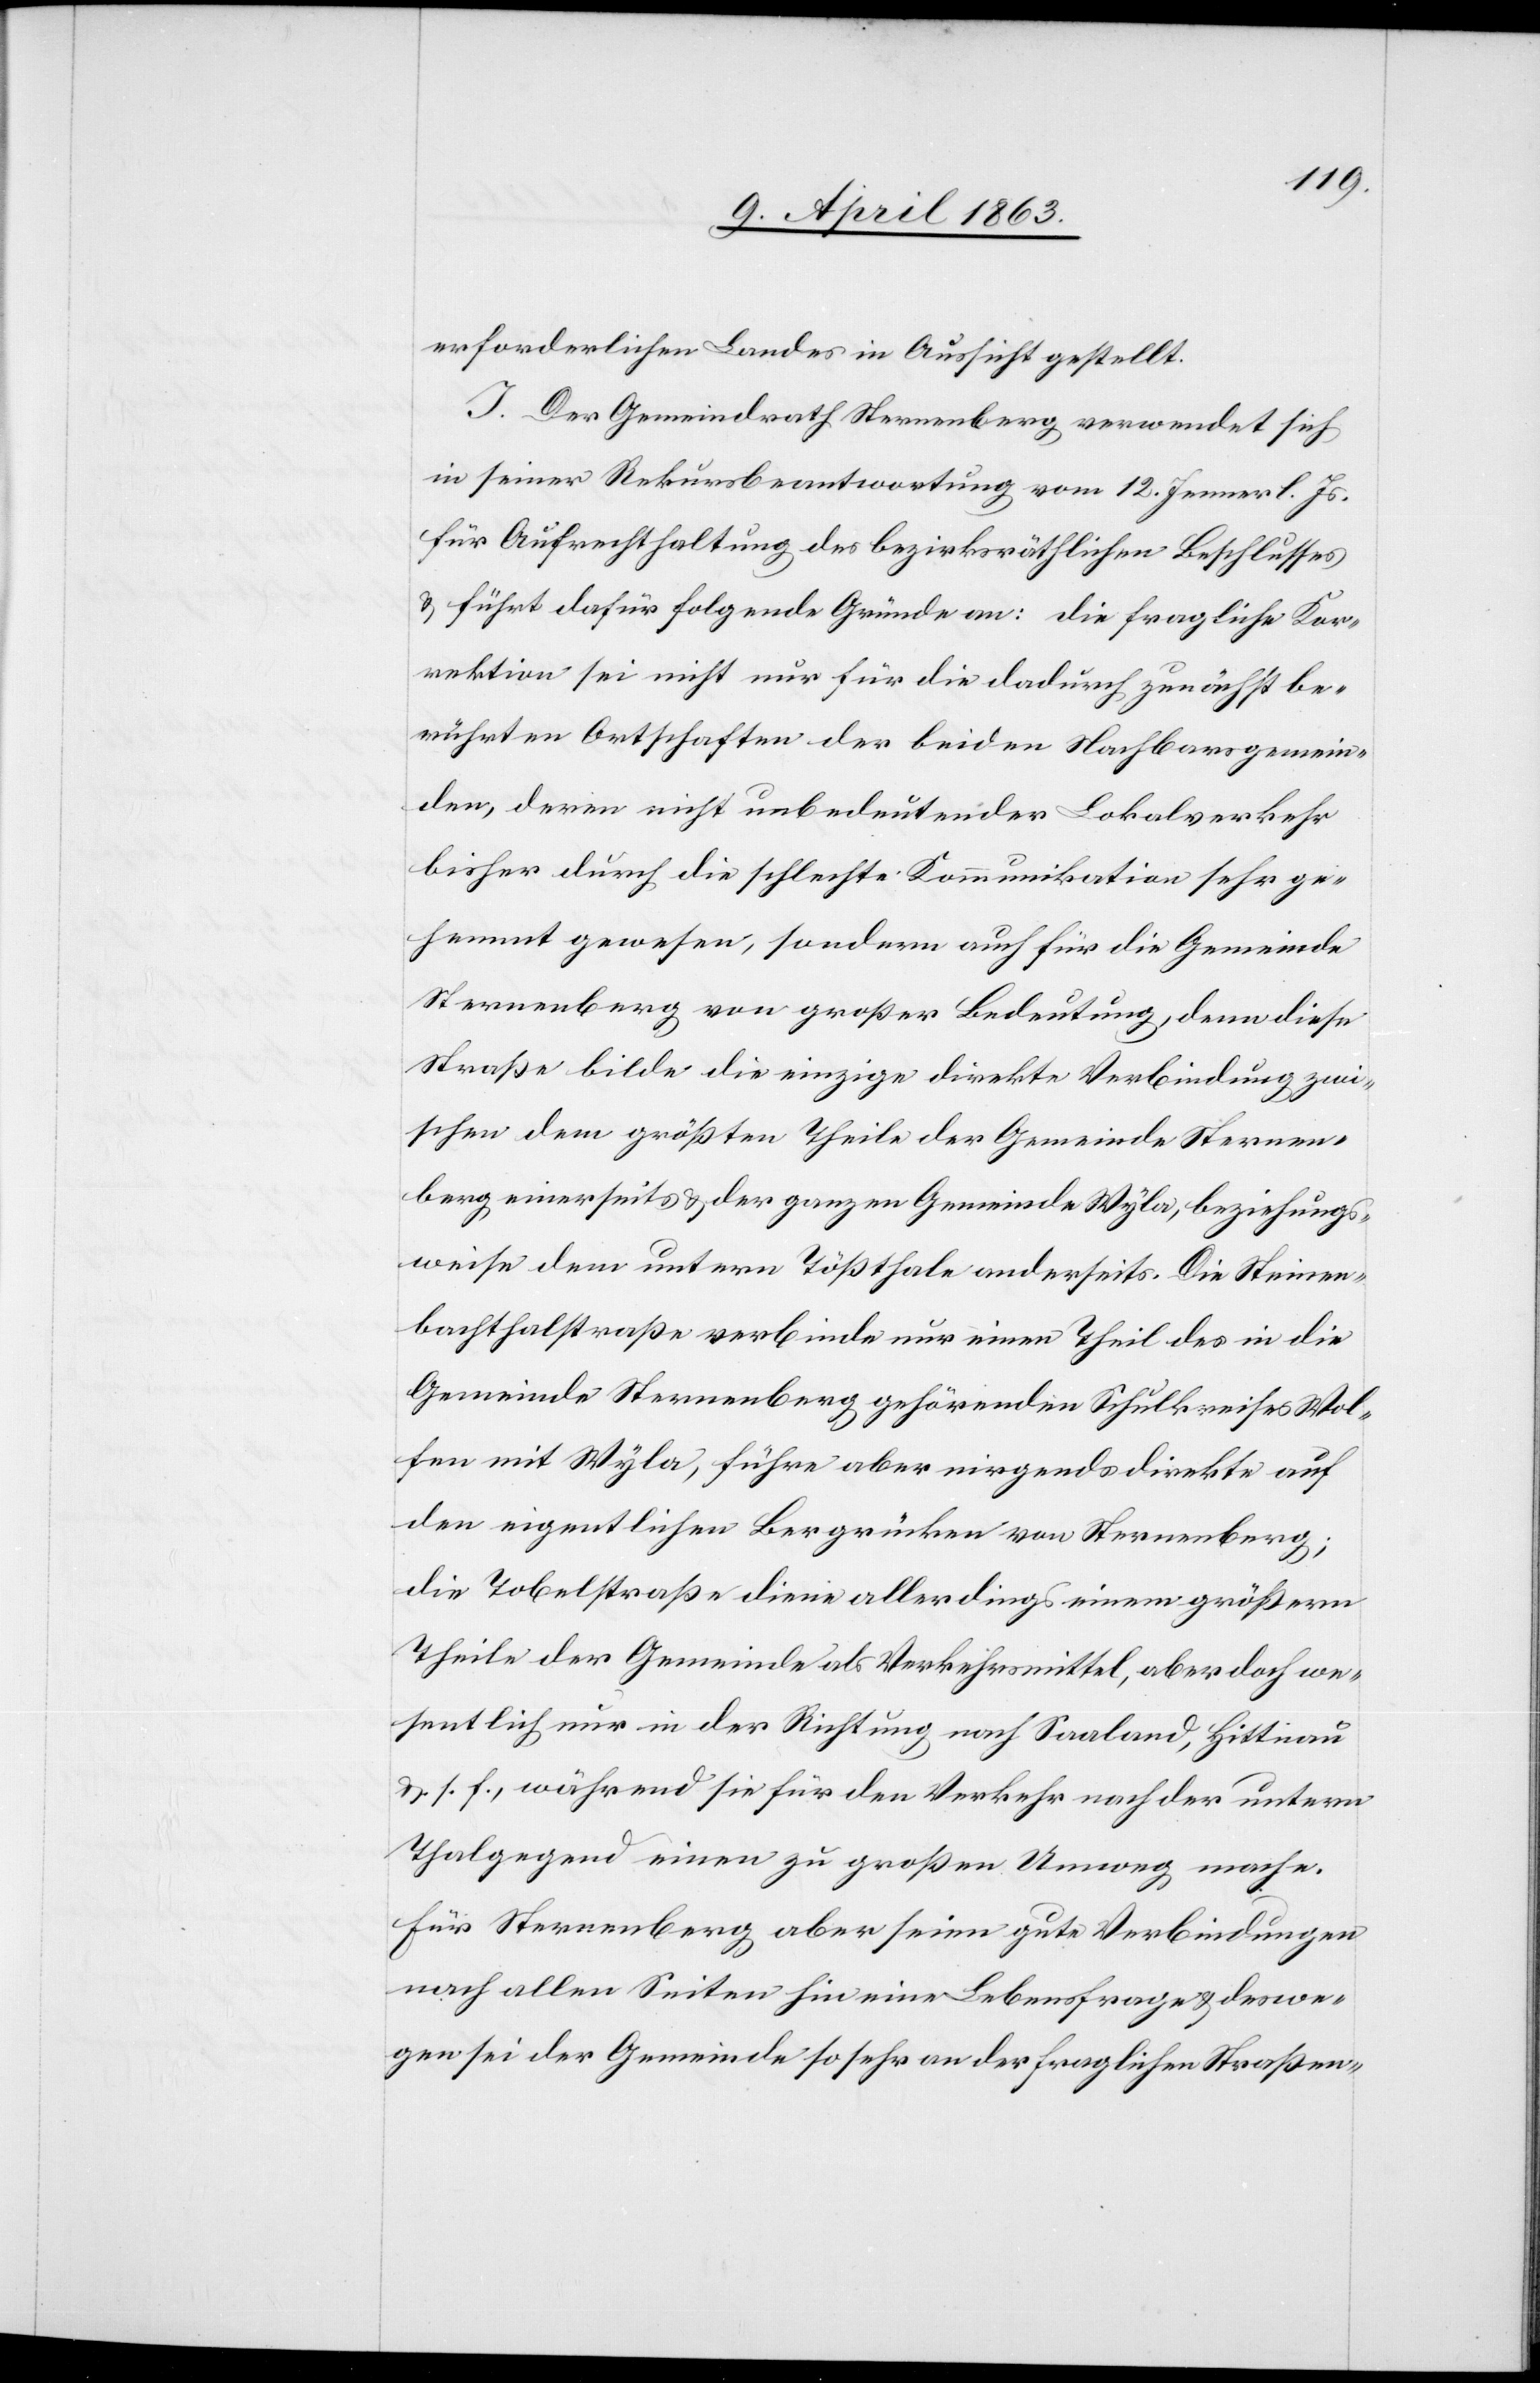
erforderlichen Landes in Aussicht gestellt.
I. Der Gemeindrath Sternenberg verwendet sich
in seiner Rekursbeantwortung vom 12. Jenner l. Js.
für Aufrechthaltung des bezirksräthlichen Beschlusses
& führt dafür folgende Gründe an: die fragliche Kor¬
rektion sei nicht nur für die dadurch zunächst be¬
rührten Ortschaften der beiden Nachbarsgemein¬
den, deren nicht unbedeutender Lokalverkehr
bisher durch die schlechte Kommunikation sehr ge¬
hemmt gewesen, sondern auch für die Gemeinde
Sternenberg von großer Bedeutung, denn diese
Straße bilde die einzige direkte Verbindung zwi¬
schen dem größten Theile der Gemeinde Sternen¬
berg einerseits & der ganzen Gemeinde Wyla, beziehungs¬
weise dem untern Tößthale anderseits. Die Steinen¬
bachthalstraße verbinde nur einen Theil des in die
Gemeinde Sternenberg gehörenden Schulkreises Wol¬
fen mit Wyla, führe aber nirgends direkte auf
den eigentlichen Bergrücken von Sternenberg;
die Tobelstraße diene allerdings einem größern
Theile der Gemeinde als Verkehrsmittel, aber doch we¬
sentlich nur in der Richtung nach Saaland, Hittnau
&. s. f., während sie für den Verkehr nach der untern
Thalgegend einen zu großen Umweg mache.
Für Sternenberg aber seien gute Verbindungen
nach allen Seiten hin eine Lebensfrage & deswe¬
gen sei der Gemeinde so sehr an der fraglichen Straßen-